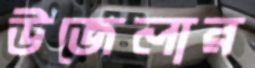
উজেলার